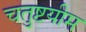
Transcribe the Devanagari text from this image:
चतुष्टयीम